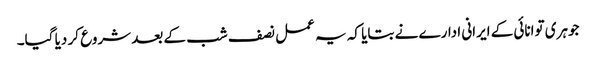
جوہری توانائی کے ایرانی ادارے نے بتایا کہ یہ عمل نصف شب کے بعد شروع کر دیا گیا۔